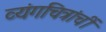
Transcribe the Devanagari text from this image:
व्यंगचित्रांचीं